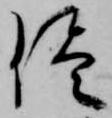
侭